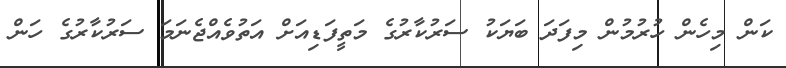
ކަން މިހެން ހުރުމުން މިފަދަ ބަޔަކު ސަރުކާރުގެ މަތީފަޑިއަށް އަތުވެއްޖެނަމަ ސަރުކާރުގެ ހަން